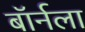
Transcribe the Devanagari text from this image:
बॉर्नला